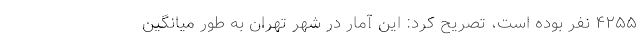
۴۲۵۵ نفر بوده است،‌ تصریح کرد: این آمار در شهر تهران به طور میانگین